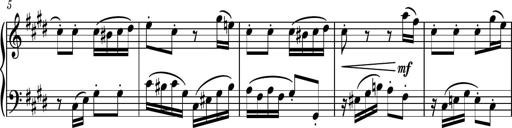
Title: Piano Sonatina No.7
Composer: Dimitri Sykias
Key: G major